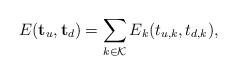
LaTeX: \begin{align*}E (\mathbf t_u,\mathbf t_d) = \sum_{k \in \mathcal K} E_{k}(t_{u,k},t_{d,k}),\end{align*}